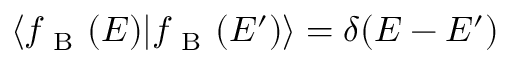
\begin{array} { r } { \langle f _ { \mathrm { ~ B ~ } } ( E ) | f _ { \mathrm { ~ B ~ } } ( E ^ { \prime } ) \rangle = \delta ( E - E ^ { \prime } ) } \end{array}